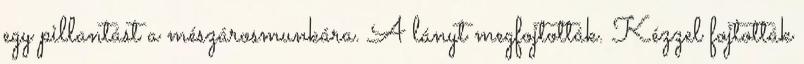
egy pillantást a mészárosmunkára. A lányt megfojtották. Kézzel fojtották